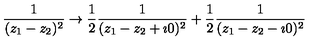
\frac { 1 } { ( z _ { 1 } - z _ { 2 } ) ^ { 2 } } \rightarrow \frac { 1 } { 2 } \frac { 1 } { ( z _ { 1 } - z _ { 2 } + \imath 0 ) ^ { 2 } } + \frac { 1 } { 2 } \frac { 1 } { ( z _ { 1 } - z _ { 2 } - \imath 0 ) ^ { 2 } }